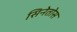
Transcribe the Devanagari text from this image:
सिनेतोस